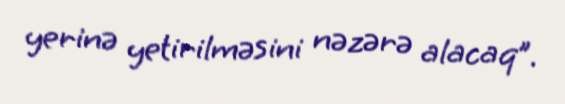
yerinə yetirilməsini nəzərə alacaq”.